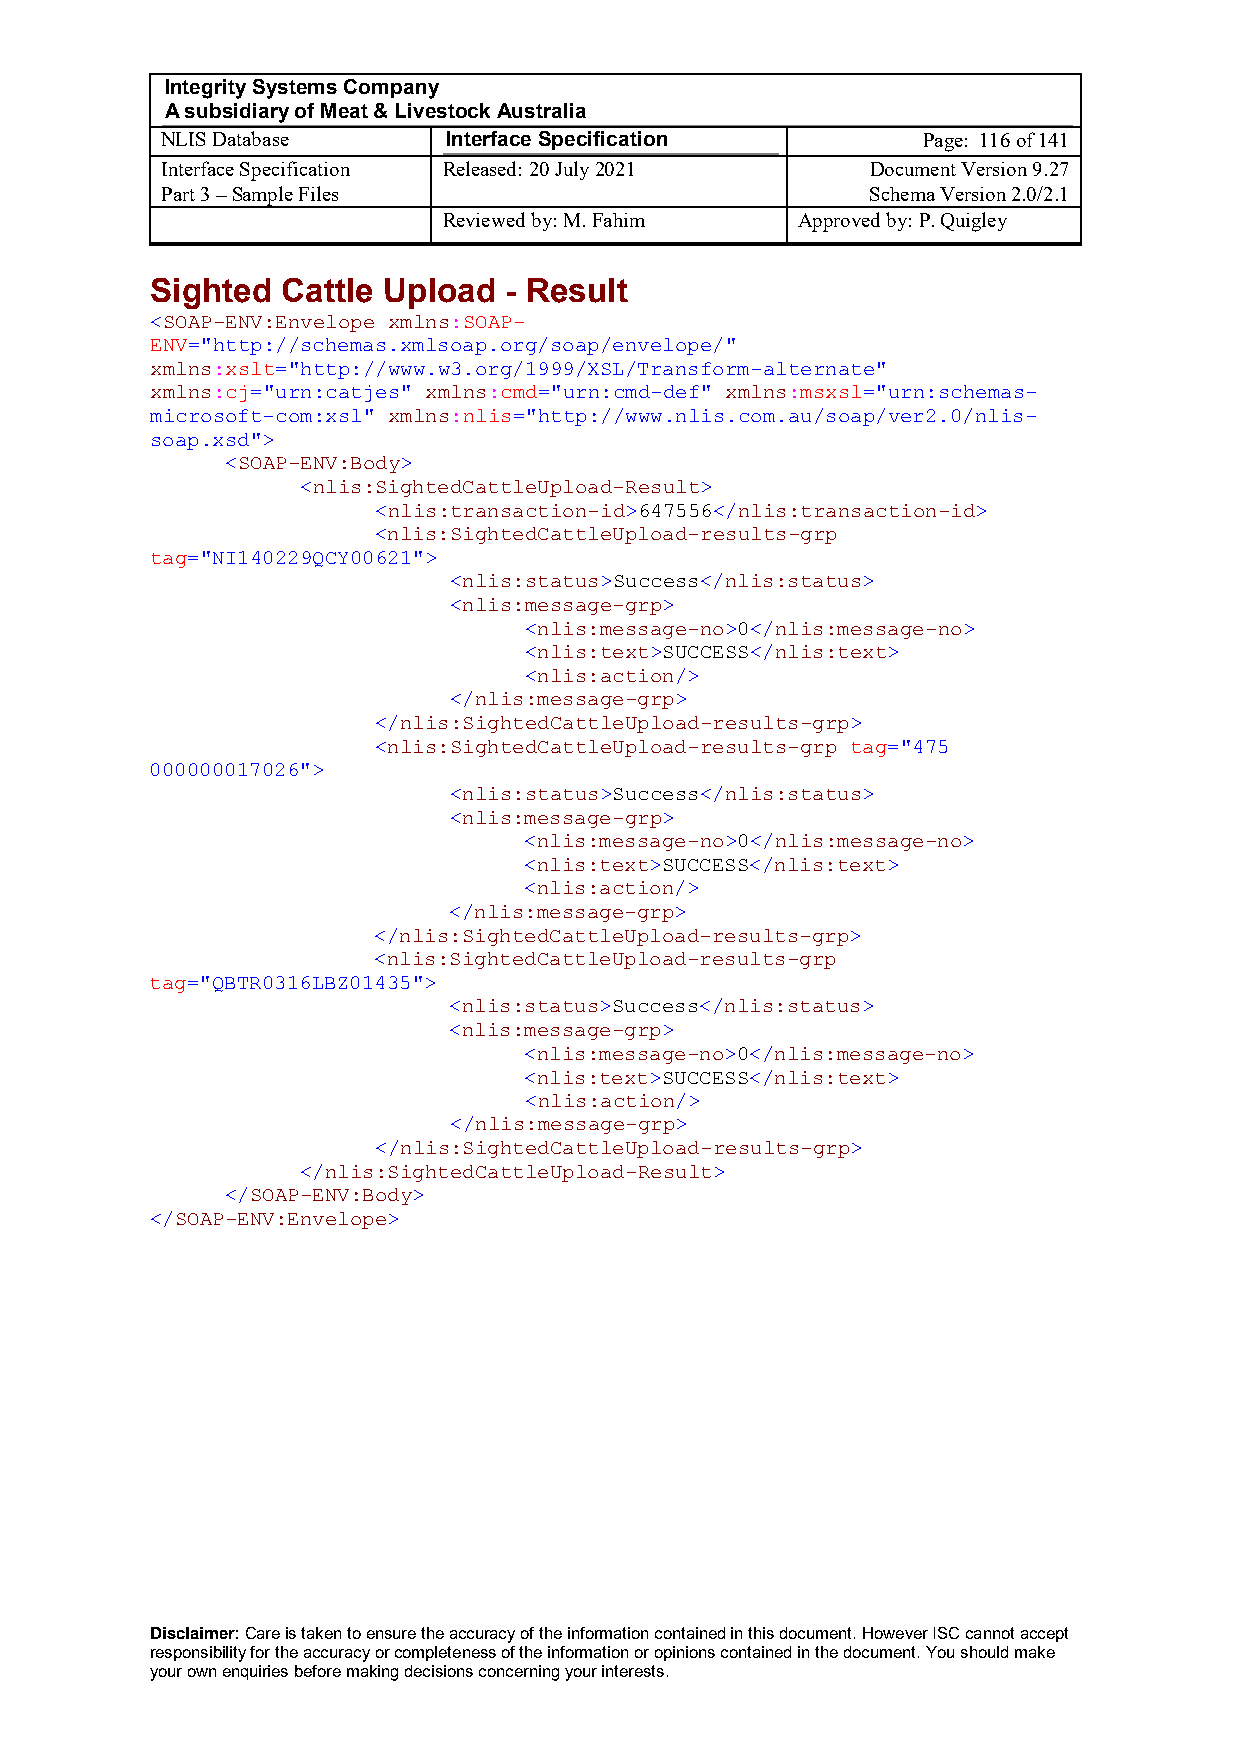
Integrity Systems Company
 A subsidiary of Meat & Livestock Australia
 NLIS Database      Interface Specification        Page: 116 of 141
 Interface Specification Released: 20 July 2021 Document Version 9.27
 Part 3 – Sample Files                          Schema Version 2.0/2.1
 Reviewed by: M. Fahim   Approved by: P. Quigley
 Sighted  Cattle Upload - Result
 <SOAP-ENV:Envelope xmlns:SOAP-
 ENV="http://schemas.xmlsoap.org/soap/envelope/"
 xmlns:xslt="http://www.w3.org/1999/XSL/Transform-alternate"
 xmlns:cj="urn:catjes" xmlns:cmd="urn:cmd-def" xmlns:msxsl="urn:schemas-
 microsoft-com:xsl" xmlns:nlis="http://www.nlis.com.au/soap/ver2.0/nlis-
 soap.xsd">
 <SOAP-ENV:Body>
 <nlis:SightedCattleUpload-Result>
 <nlis:transaction-id>647556</nlis:transaction-id>
 <nlis:SightedCattleUpload-results-grp
 tag="NI140229QCY00621">
 <nlis:status>Success</nlis:status>
 <nlis:message-grp>
 <nlis:message-no>0</nlis:message-no>
 <nlis:text>SUCCESS</nlis:text>
 <nlis:action/>
 </nlis:message-grp>
 </nlis:SightedCattleUpload-results-grp>
 <nlis:SightedCattleUpload-results-grp tag="475
 000000017026">
 <nlis:status>Success</nlis:status>
 <nlis:message-grp>
 <nlis:message-no>0</nlis:message-no>
 <nlis:text>SUCCESS</nlis:text>
 <nlis:action/>
 </nlis:message-grp>
 </nlis:SightedCattleUpload-results-grp>
 <nlis:SightedCattleUpload-results-grp
 tag="QBTR0316LBZ01435">
 <nlis:status>Success</nlis:status>
 <nlis:message-grp>
 <nlis:message-no>0</nlis:message-no>
 <nlis:text>SUCCESS</nlis:text>
 <nlis:action/>
 </nlis:message-grp>
 </nlis:SightedCattleUpload-results-grp>
 </nlis:SightedCattleUpload-Result>
 </SOAP-ENV:Body>
 </SOAP-ENV:Envelope>
 Disclaimer: Care is taken to ensure the accuracy of the information contained in this document. However ISC cannot accept
 responsibility for the accuracy or completeness of the information or opinions contained in the document. You should make
 your own enquiries before making decisions concerning your interests.